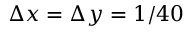
\Delta x = \Delta y = 1 / 4 0